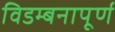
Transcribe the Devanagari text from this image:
विडम्बनापूर्ण